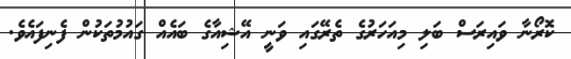
ކޮރޯނާ ވައިރަސް ބަލި މިއަހަރުގެ ތެރޭގައި ވަނީ އޭޝިއާގެ ބައެއް ގައުމުތަކުން ފެނިފައެވެ.